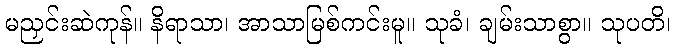
မညှင်းဆဲကုန်။ နိရာသာ၊ အာသာမြစ်ကင်းမူ။ သုခံ၊ ချမ်းသာစွာ။ သုပတိ၊